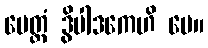
မေတ္တံ ဒွိပါဒကေဟိ မေ။